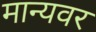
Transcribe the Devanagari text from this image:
मान्‍यवर